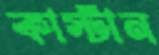
কার্স্টান